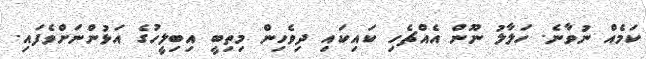
ކަމެއް ނުވާނެ. ހަލާލު ނޫން އެއްޗެހި ކައިކައި ދިވެހިން މިތިބީ އިބިލީހުގެ އަޅުންނަށްވެފައި.